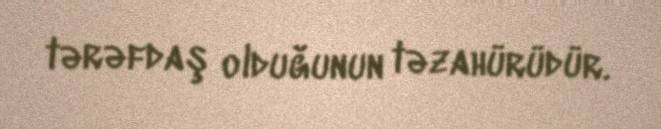
tərəfdaş olduğunun təzahürüdür.